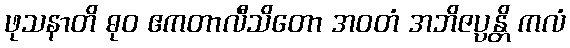
ဖုသနာတိ ဓုဝ ဧကတာလီသိတော အဝတံ အဘိဇပ္ပန္တိ ကလံ